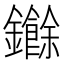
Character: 𮣧